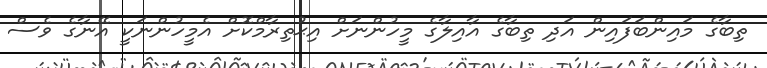
ތިބާގެ މައިންބަފައިން އަދި ތިބާގެ އާއިލާގެ މީހުންނަށް އިޙުތިރާމްކޮށް އެމީހުންނަކީ އޭނާގެ ވެސް